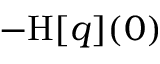
- \mathrm { H } [ q ] ( 0 )